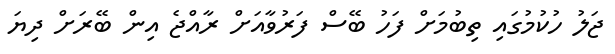
ޖަލު ހުކުމުގައި ތިބުމަށް ފަހު ބޭސް ފަރުވާއަށް ރާއްޖެ އިން ބޭރަށް ދިޔަ